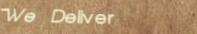
We Deliver